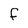
Character: f